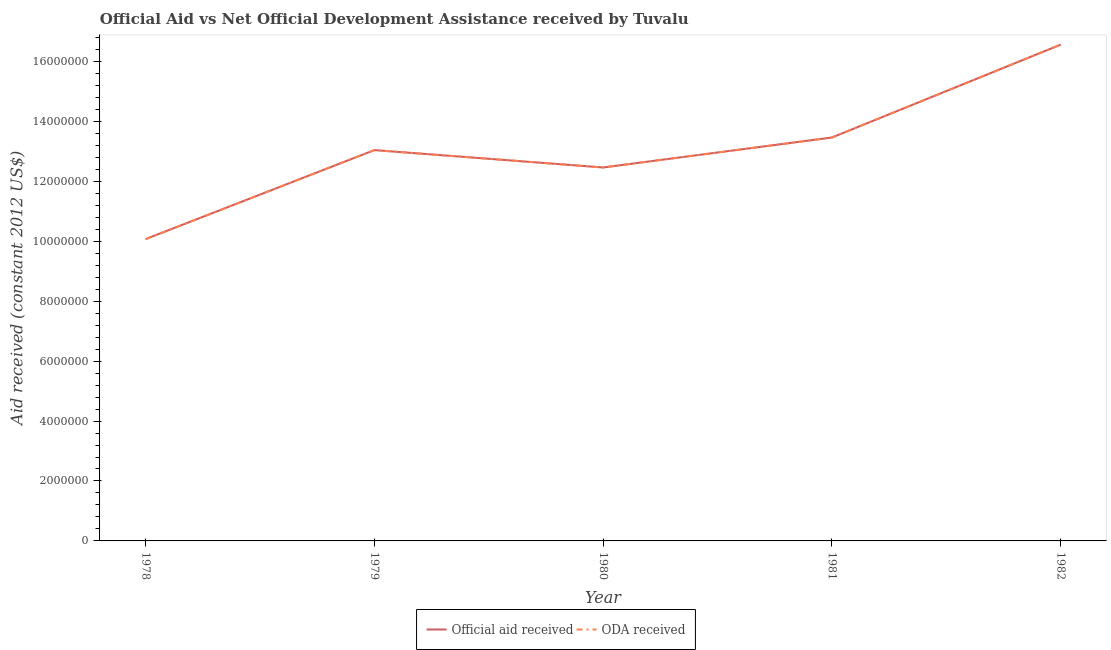
| Year | Official aid received | ODA received |
 | --- | --- | --- |
 | 1978 | 1.01e+07 | 1.01e+07 |
 | 1979 | 1.3e+07 | 1.3e+07 |
 | 1980 | 1.25e+07 | 1.25e+07 |
 | 1981 | 1.35e+07 | 1.35e+07 |
 | 1982 | 1.66e+07 | 1.66e+07 |